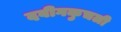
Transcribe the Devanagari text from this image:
दबीगकुचली